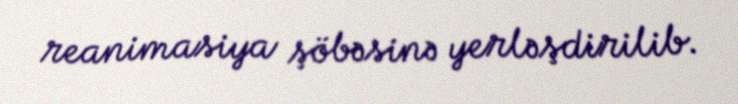
reanimasiya şöbəsinə yerləşdirilib.